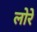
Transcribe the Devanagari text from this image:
लोरे